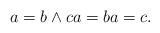
LaTeX: \begin{align*}a = b \land c a = b a = c.\end{align*}